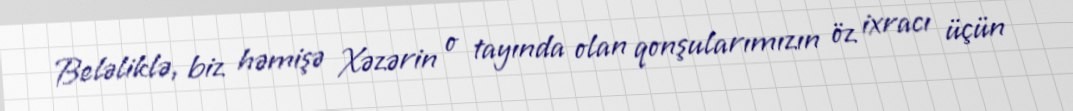
Beləliklə, biz həmişə Xəzərin o tayında olan qonşularımızın öz ixracı üçün